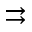
\rightrightarrows